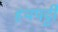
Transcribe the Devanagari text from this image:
हथपट्टी